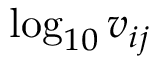
\log _ { 1 0 } v _ { i j }